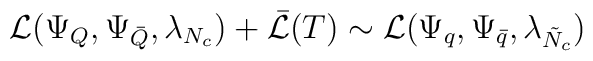
{\cal L}(\Psi_{Q}, \Psi_{\bar{Q}}, \lambda_{N_{c}}) + \bar{{\cal L}}(T)\sim  {\cal L}(\Psi_{q}, \Psi_{\bar{q}}, \lambda_{\tilde{N}_{c}})